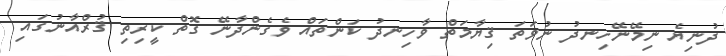
ދުނިޔެ ނިމޭނޭހިނދު ނުވަތަ ޤިޔާމަތް ވާހިނދު ކަންތައް ވެގެންދާނޭ ގޮތް ކީރިތި ޤުރްއާނުގައި